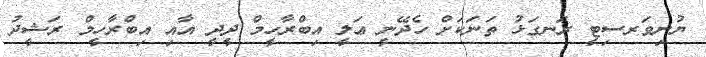
ޔުނިވަރސިޓީ ރަނގަޅު ތަނަކަށް ހެދޭނީ ޢަލީ އިބްރާހީމް ދީދީ އާއި އިބްރާހީމް ރަޝީދު